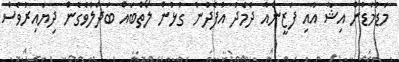
މަޑުމަޑުން އިޝާ އާއި ފަޒީންއާ ދެމެދު އުފެދުނު ގުޅުން ލޯތްބައް ބަދަލުވެގެން ދިޔައިރުވެސް